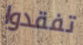
تفقدوا